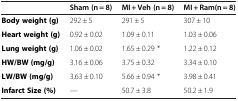
<table><thead><tr><td><b> </b></td><td><b>Sham (n = 8)</b></td><td><b>MI + Veh (n = 8)</b></td><td><b>MI + Ram(n = 8)</b></td></tr></thead><tbody><tr><td><b>Body weight (g)</b></td><td>292 ± 5</td><td>291 ± 5</td><td>307 ± 10</td></tr><tr><td><b>Heart weight (g)</b></td><td>0.92 ± 0.02</td><td>1.09 ± 0.11</td><td>1.03 ± 0.06</td></tr><tr><td><b>Lung weight (g)</b></td><td>1.06 ± 0.02</td><td>1.65 ± 0.29 *</td><td>1.22 ± 0.12</td></tr><tr><td><b>HW/BW (mg/g)</b></td><td>3.16 ± 0.06</td><td>3.75 ± 0.32</td><td>3.34 ± 0.10</td></tr><tr><td><b>LW/BW (mg/g)</b></td><td>3.63 ± 0.10</td><td>5.66 ± 0.94 *</td><td>3.98 ± 0.41</td></tr><tr><td><b>Infarct Size (%)</b></td><td>---</td><td>50.7 ± 3.8</td><td>50.2 ± 1.9</td></tr></tbody></table>